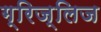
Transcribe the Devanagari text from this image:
ग्रिज्लिज